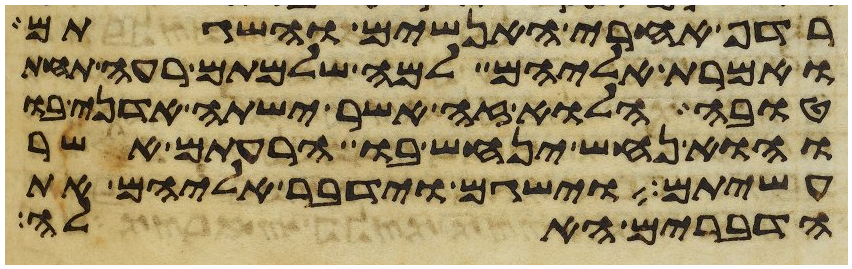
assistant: רדף אחרי האנשים והשגתם
ואמרת אליהם למה שלמתם רעה תחת
טובה הלוא זה אשר ישתה אדני בו
והוא נחש ינחש בו הרעתם אשר
עשיתם וישגם וידבר אליהם את
הדברים האלה